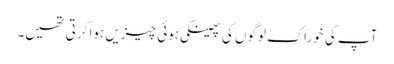
آپ کی خوراک لوگوں کی پھینکی ہوئی چیزیں ہوا کرتی تھیں۔